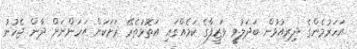
އަހަރުމެންގެ ދިރިއުޅުން ބަދަލުވީ ވަޒީފާގެ ކަމެއްގައި އަތޮޅުތެރޭ ރަށަކަށް އަހަންނަށް ދާން ޖެހުނު